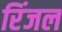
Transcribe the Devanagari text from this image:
रिंजल